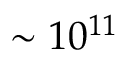
\sim 1 0 ^ { 1 1 }